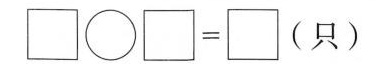
$$\Box \circ \Box = \Box$$ (只)